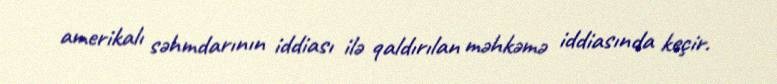
amerikalı səhmdarının iddiası ilə qaldırılan məhkəmə iddiasında keçir.